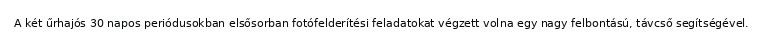
A két űrhajós 30 napos periódusokban elsősorban fotófelderítési feladatokat végzett volna egy nagy felbontású, távcső segítségével.